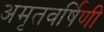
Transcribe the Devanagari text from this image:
अमृतवर्षिणी